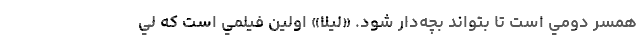
همسر دومي است تا بتواند بچه‌دار شود. «ليلا» اولين فيلمي است که لي